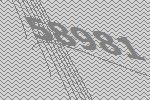
58981